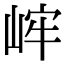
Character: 㟉